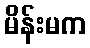
မိန်းမက